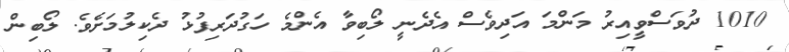
1010 ދުވަސްވީއިރު މަންމަ އަދިވެސް އެދެނީ ލޯބިވާ އެންމެ ހަގުދަރިފުޅު ދެކިލުމަށެވެ. ލޯބިން